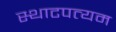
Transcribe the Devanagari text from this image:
स्थाटपत्यम